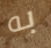
به